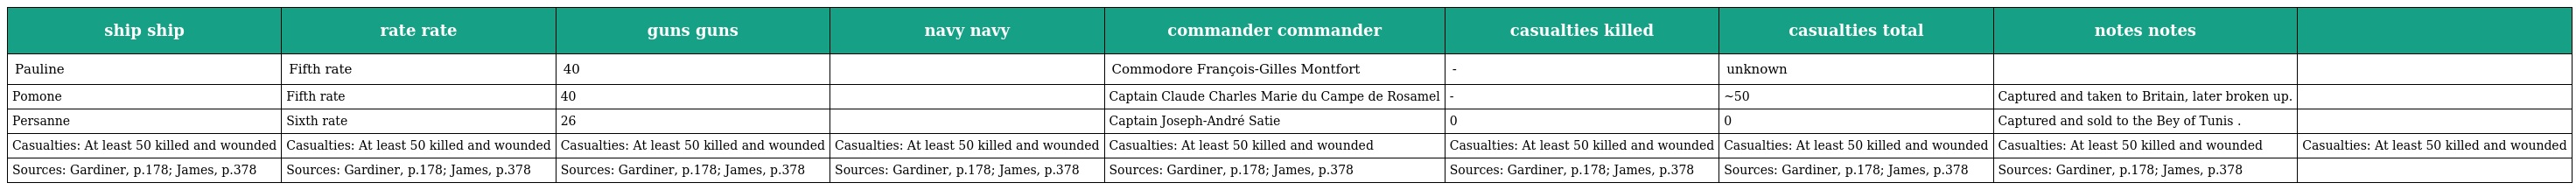
| ship ship | rate rate | guns guns | navy navy | commander commander | casualties killed | casualties total | notes notes |  |
 | --- | --- | --- | --- | --- | --- | --- | --- | --- |
 | Pauline | Fifth rate | 40 |  | Commodore François-Gilles Montfort | - | unknown |  |  |
 | Pomone | Fifth rate | 40 |  | Captain Claude Charles Marie du Campe de Rosamel | - | ~50 | Captured and taken to Britain, later broken up. |  |
 | Persanne | Sixth rate | 26 |  | Captain Joseph-André Satie | 0 | 0 | Captured and sold to the Bey of Tunis . |  |
 | Casualties: At least 50 killed and wounded | Casualties: At least 50 killed and wounded | Casualties: At least 50 killed and wounded | Casualties: At least 50 killed and wounded | Casualties: At least 50 killed and wounded | Casualties: At least 50 killed and wounded | Casualties: At least 50 killed and wounded | Casualties: At least 50 killed and wounded | Casualties: At least 50 killed and wounded |
 | Sources: Gardiner, p.178; James, p.378 | Sources: Gardiner, p.178; James, p.378 | Sources: Gardiner, p.178; James, p.378 | Sources: Gardiner, p.178; James, p.378 | Sources: Gardiner, p.178; James, p.378 | Sources: Gardiner, p.178; James, p.378 | Sources: Gardiner, p.178; James, p.378 | Sources: Gardiner, p.178; James, p.378 |  |